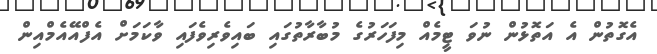
އެގޮތުން އެ އަތޮޅުން ނުވަ ޓީމެއް މިފަހަރުގެ މުބާރާތުގައި ބައިވެރިވެފައި ވާކަމަށް އެފްއޭއެމްއިން